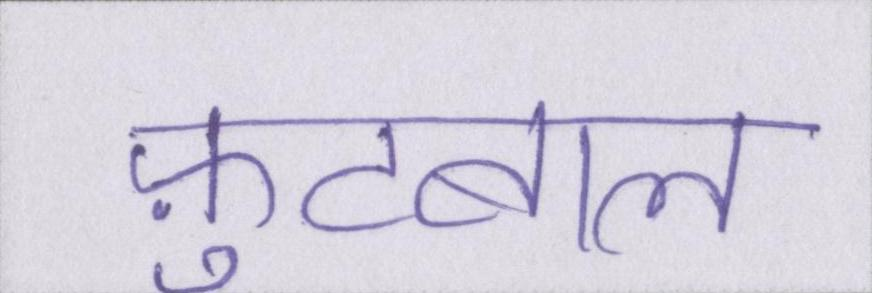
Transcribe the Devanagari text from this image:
फ़ुटबाल